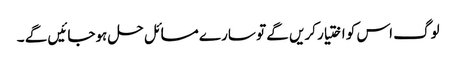
لوگ اس کو اختیار کریں گے تو سارے مسائل حل ہوجائیں گے ۔